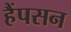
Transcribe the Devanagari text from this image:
हैंपसन